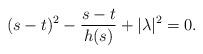
LaTeX: \begin{align*}(s-t)^2-\frac{s-t}{h(s)}+|\lambda|^2=0.\end{align*}